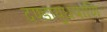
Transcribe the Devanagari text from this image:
दण्डायुधपाणि